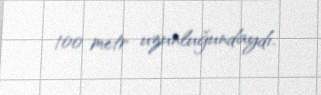
100 metr uzunluğundaydı.